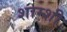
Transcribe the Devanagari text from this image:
शाम्शी